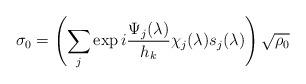
LaTeX: \begin{align*} \sigma_0 = \left( \sum_j \exp i\frac{\Psi_j(\lambda)}{h_k} \chi_j(\lambda) s_j(\lambda) \right)\sqrt{\rho_0}\end{align*}